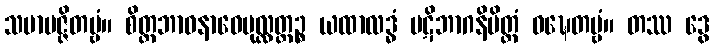
သမာပဇ္ဇိတဗ္ဗံ။ စိတ္တဘာဝနာဝေပုလ္လတ္ထဉ္စ ယထာလဒ္ဓံ ပဋိဘာဂနိမိတ္တံ ဝဍ္ဎေတဗ္ဗံ။ တဿ ဒွေ